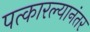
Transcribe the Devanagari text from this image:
पत्कारल्यानंतर